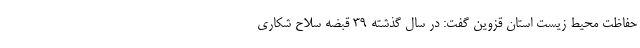
حفاظت محیط زیست استان قزوین گفت: در سال گذشته 39 قبضه سلاح شکاری